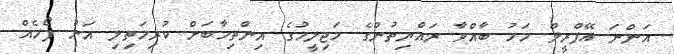
އަންނަ އޭޕްރީލް މަހު ބާއްވާ ރައްޔިތުންގެ މަޖިލީހުގެ އިންތިހާބަށް ކުރިމަތިލި އަށް ފޯމެއް